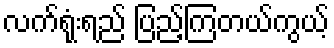
လက်ရုံးရည် ပြည့်ကြတယ်ကွယ့်